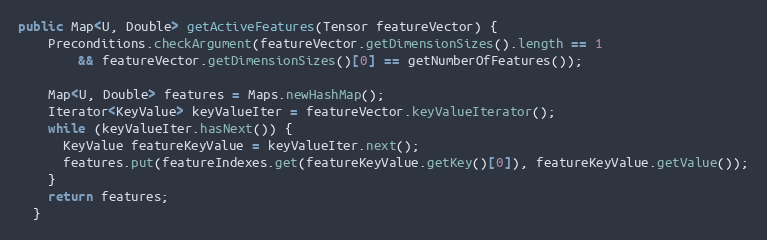
Language: Java
public Map<U, Double> getActiveFeatures(Tensor featureVector) {
    Preconditions.checkArgument(featureVector.getDimensionSizes().length == 1
        && featureVector.getDimensionSizes()[0] == getNumberOfFeatures());

    Map<U, Double> features = Maps.newHashMap();
    Iterator<KeyValue> keyValueIter = featureVector.keyValueIterator();
    while (keyValueIter.hasNext()) {
      KeyValue featureKeyValue = keyValueIter.next();
      features.put(featureIndexes.get(featureKeyValue.getKey()[0]), featureKeyValue.getValue());
    }
    return features;
  }